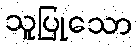
သူပြုသော